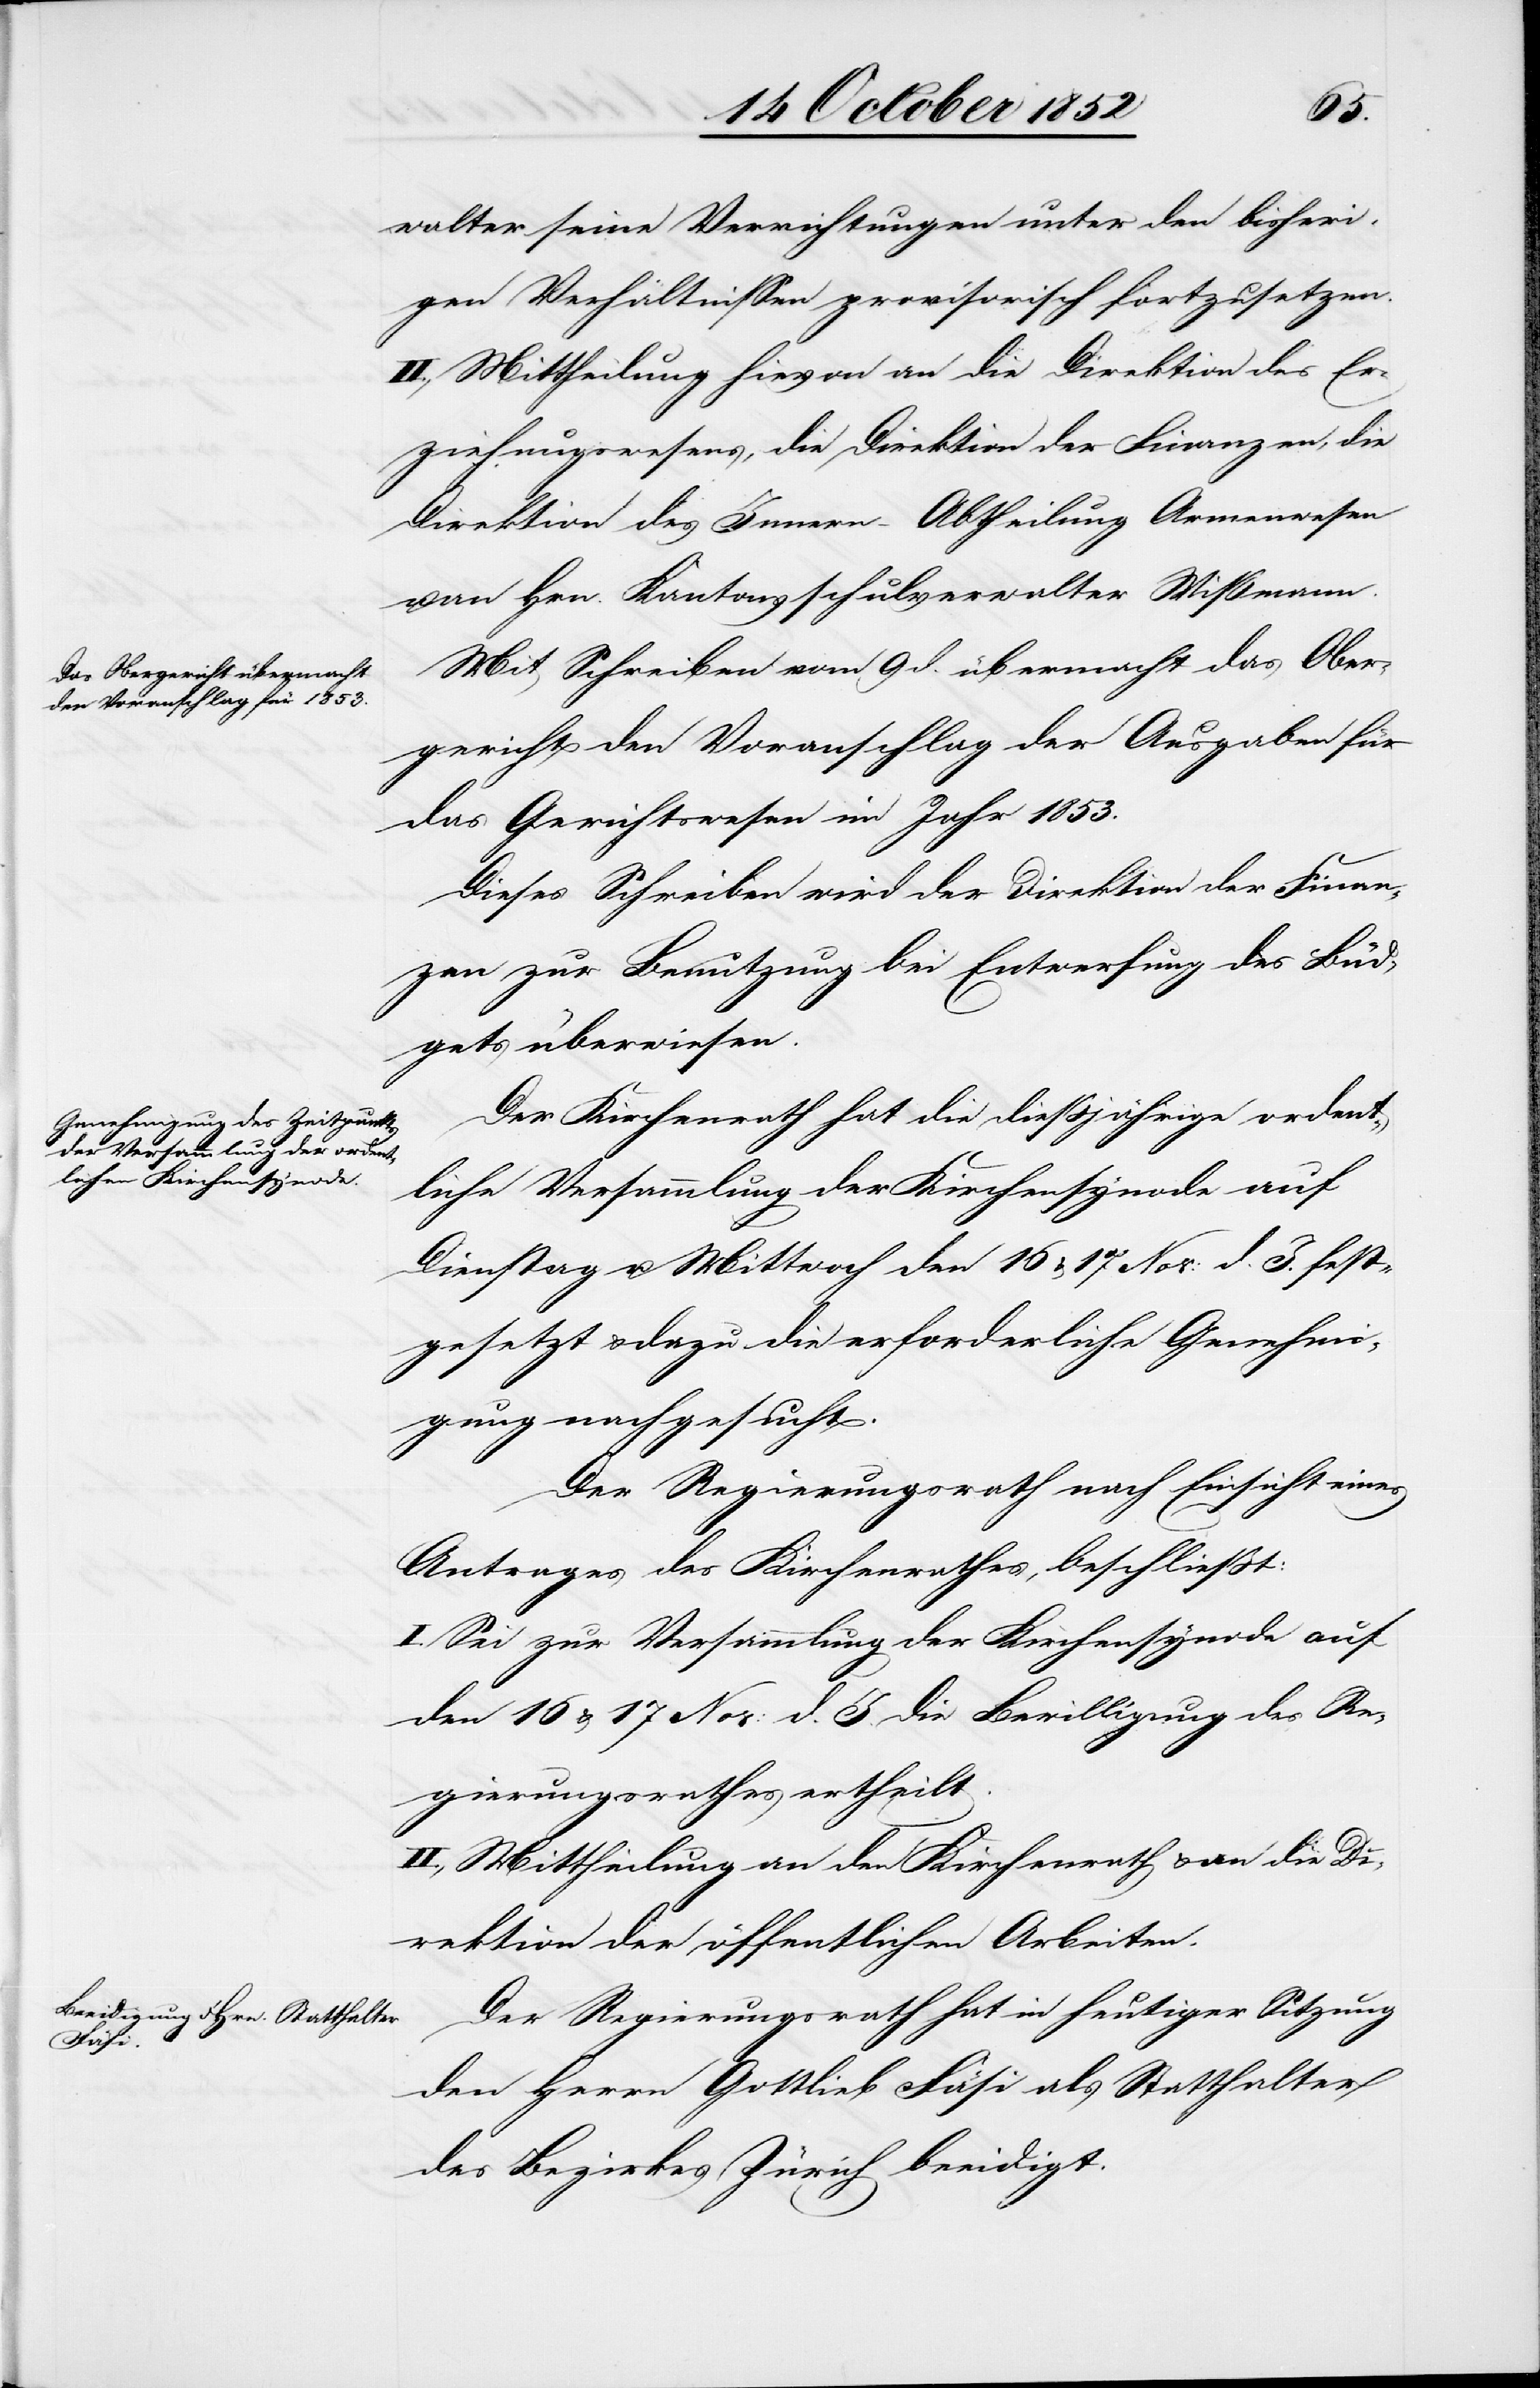
walter seine Verrichtungen unter den bisheri¬
gen Verhältnissen provisorisch fortzusetzen.
II., Mittheilung hievon an die Direktion des Er¬
ziehungswesens, die Direktion der Finanzen, die
Direktion des Innern – Abtheilung Armenwesen
an Hrn. Kantonsschulverwalter Wißmann
Mit Schreiben vom 9 d. übermacht das Ober¬
gericht den Voranschlag der Ausgaben für
das Gerichtswesen im Jahr 1853.
Dieses Schreiben wird der Direktion der Finan¬
zen zur Benutzung bei Entwerfung des Büd¬
gets überwiesen.
Der Kirchenrath hat die dießjährige ordent¬
liche Versammlung der Kirchensynode auf
Dienstag u. Mittwoch den 16 & 17 Nov: d. J. fest¬
gesetzt & dazu die erforderliche Genehmi¬
gung nachgesucht.
Der Regierungsrath nach Einsicht eines
Antrages des Kirchenrathes, beschließt:
I. Sei zur Versammlung der Kirchensynode auf
den 16 & 17 Nov: d. J. die Bewilligung des Re¬
gierungsrathes ertheilt.
II., Mittheilung an den Kirchenrath & an die Di¬
rektion der öffentlichen Arbeiten.
Der Regierungsrath hat in heutiger Sitzung
den Herrn Gottlieb Fäsi als Statthalter
des Bezirkes Zürich beeidigt.